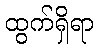
ထွက်ရှိရာ